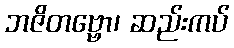
ဘဇိတဗ္ဗော၊ ဆည်းကပ်